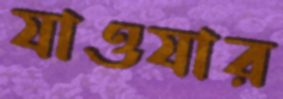
যাওযার